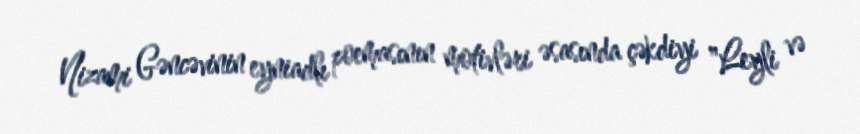
Nizami Gəncəvinin eyniadlı poemasının motivləri əsasında çəkdiyi "Leyli və